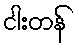
ငါးတန်